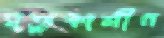
মৃত্যুকালীন